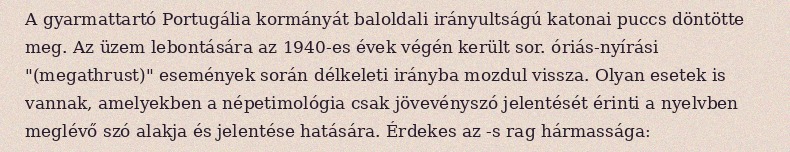
A gyarmattartó Portugália kormányát baloldali irányultságú katonai puccs döntötte meg. Az üzem lebontására az 1940-es évek végén került sor. óriás-nyírási "(megathrust)" események során délkeleti irányba mozdul vissza. Olyan esetek is vannak, amelyekben a népetimológia csak jövevényszó jelentését érinti a nyelvben meglévő szó alakja és jelentése hatására. Érdekes az -s rag hármassága: